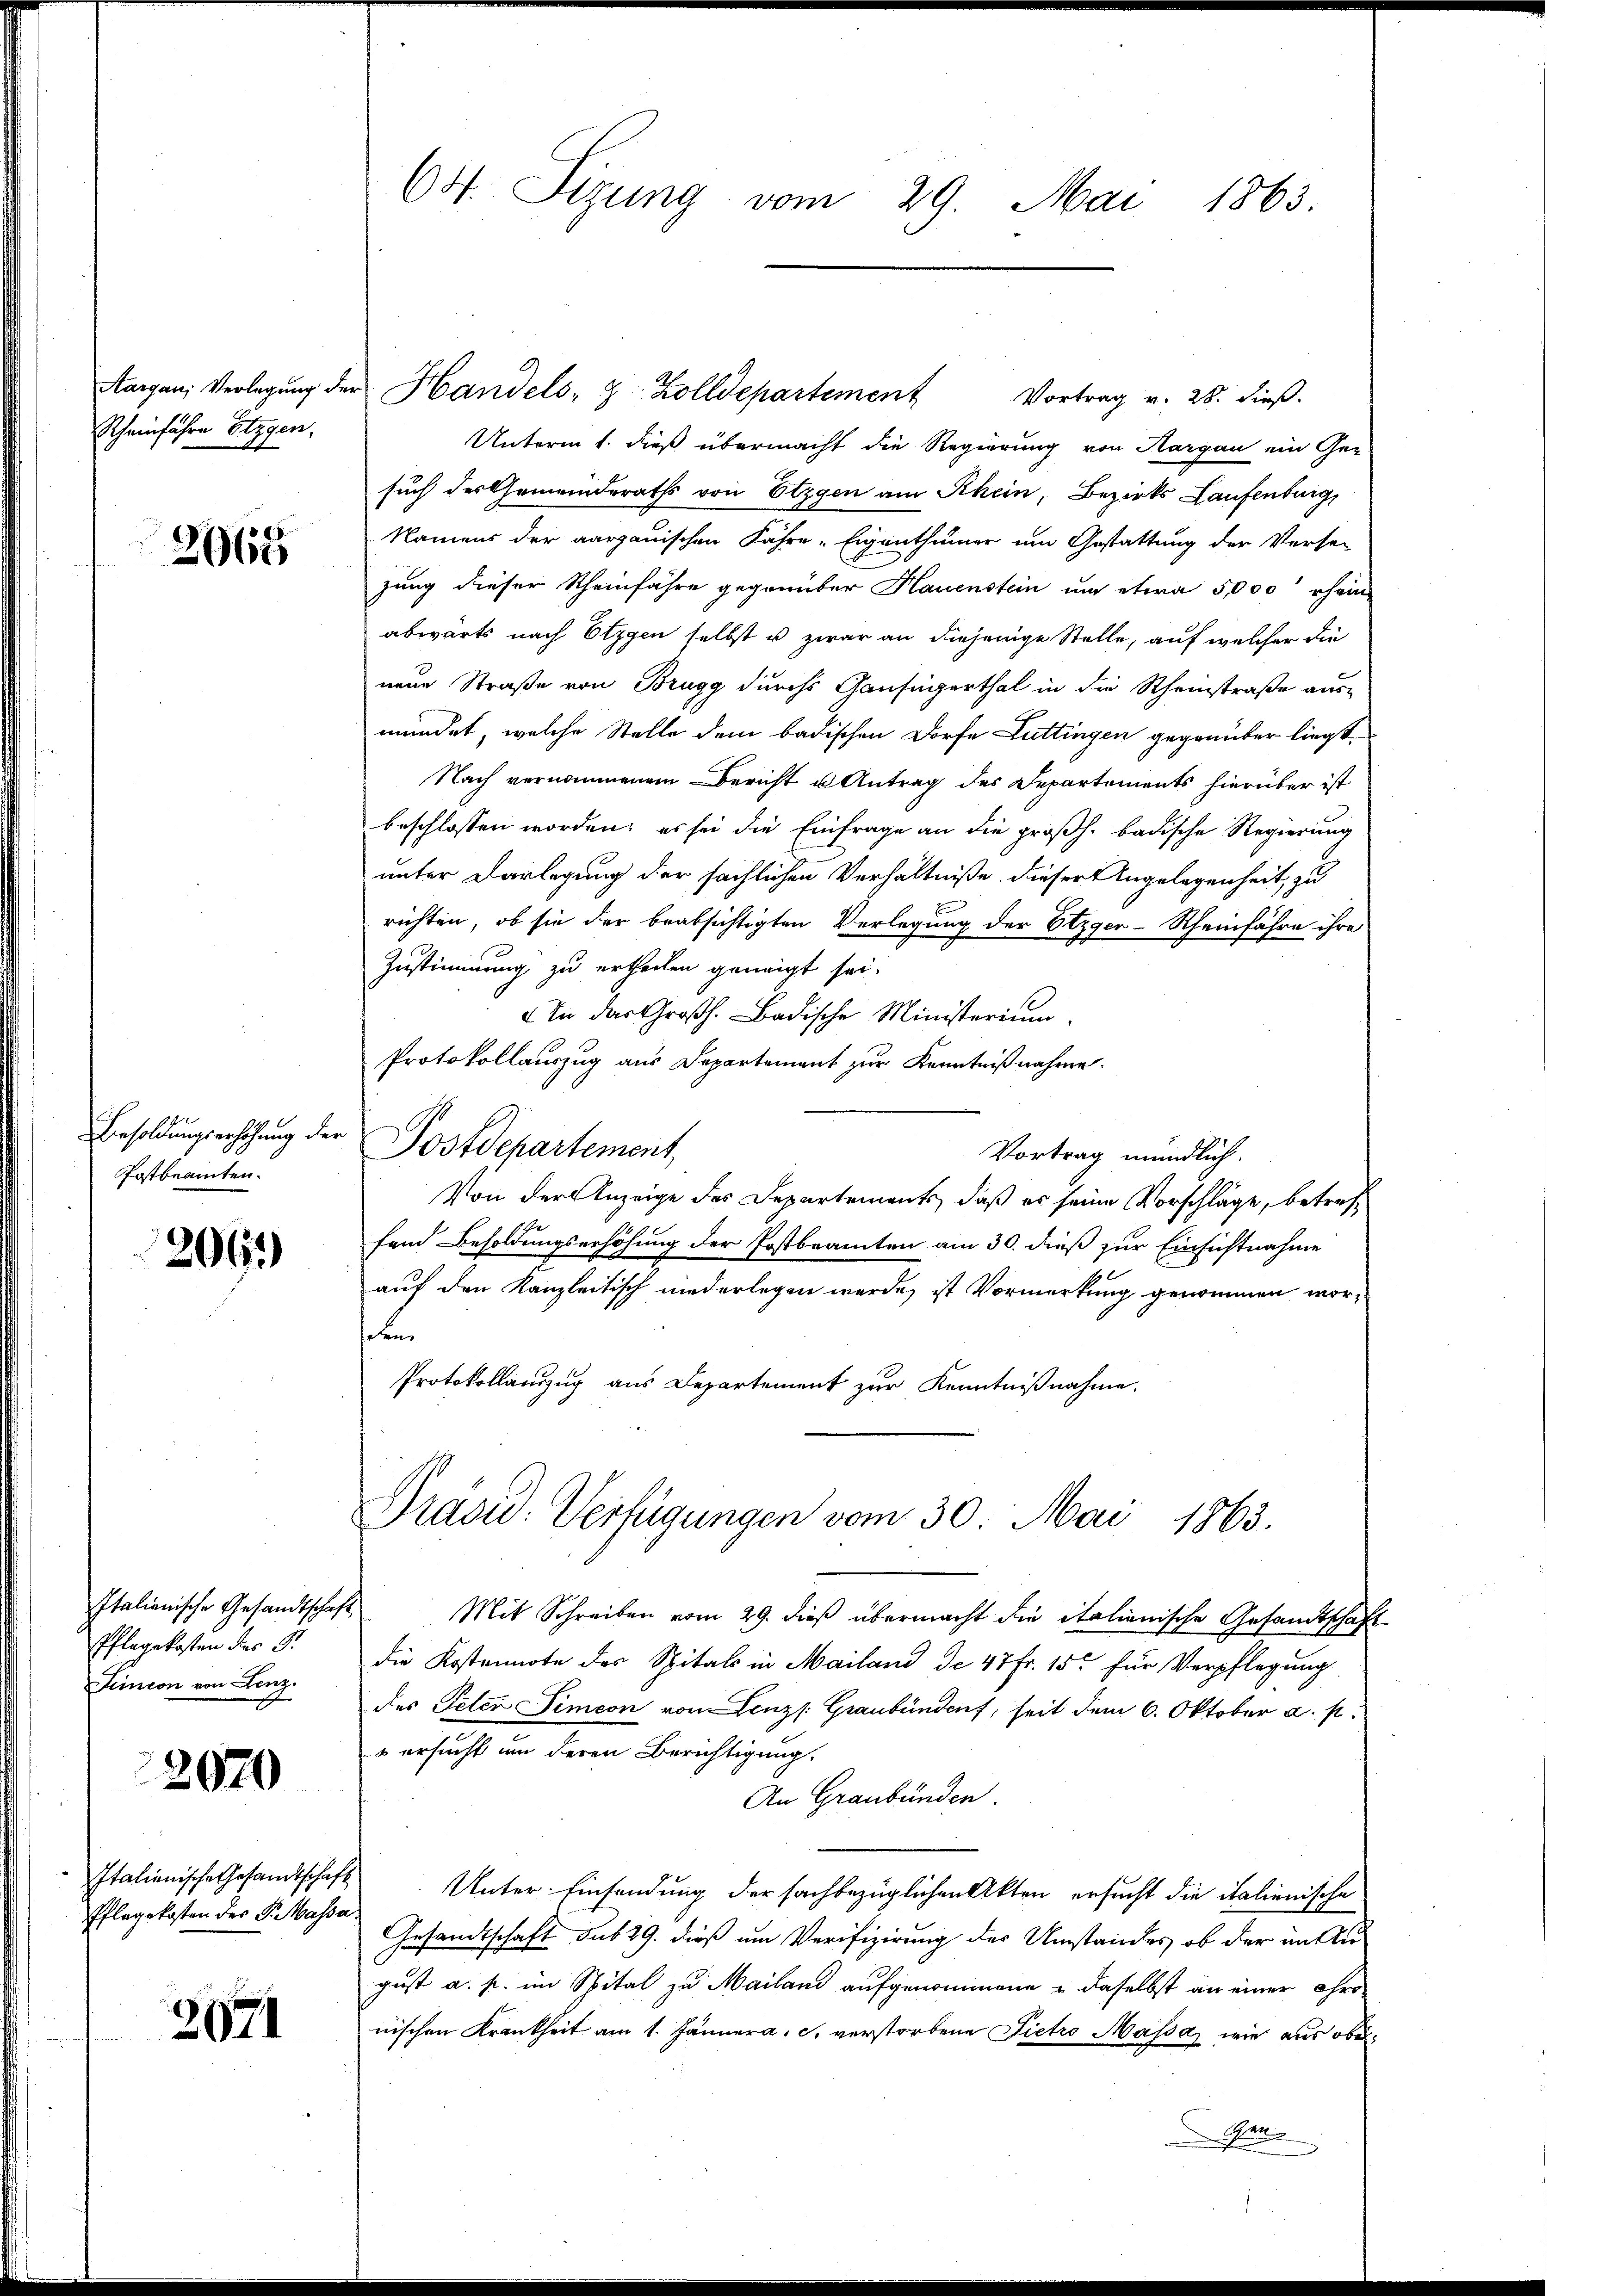
Rheinfahre Etzgen,

2065

Besoldungserhöhung der
Postbeamten.

206.

Italienische Gesandtschaft
Pflegekosten des Gr
Teincon von Lenz.

2070

Italienische Gesandtschaft
Pflegekosten des P. Massa.

2071

60. Sizung vom 29. Mai 1863.

Aargau, Verlegŭng der Handels- & Zolldepartement Vortrag v. 28. dieβ.
Unterm 1. dieß übermacht die Regierung von Aargau ein Ge-
such des Gemeinderaths von Etzgen am Rhein, Bezirks Laufenburg,
Namens der aargauischen Jahre Eigenthümer um Gestattung der Versei
zung dieser Rheinfahre gegenüber Hauenstein um etwa 5,000 erhan
abwärts nach Etzgen selbst u zwar an diejenige Stelle, auf welcher die
neue Straße von Brugg durchs Gansigerthal in die Rheinstraße aus-
mündet, welche Stelle dem badischen Dorfe Luttingen gegenüber liegt,
Nach vernommenem Bericht u Antrag des Departements hierüber ist
beschlossen worden; es sei die Einfrage an die großh. badische Regierung
unter Darlegung der sächlichen Verhältniße dieser Angelegenheit, zu
richten, ob sie der beabsichtigten Verlegung der Etzger-Rheinfahre ihre
Zustimmung zu ertheilen geneigt sei.
 In der Großh. Badische Ministerium,
Protokollauszug aus Departement zur Kenntnißnahme.
Postdepartement,
Vortrag mündlich.
Von der Anzeige des Departements, daß es seine Vorschläge, betref¬
Hand Besoldungserhöhung der Postbeamten am 30. dieß zur Einsichtnahme
auf den Kanzleitisch niederlegen werde, ist Vormerkung genommen worsehen.
Protokollanzug aus Departement zur Kenntnißnahme.
Präsid: Verfügungen vom 30. Mai 1863.
 Mit Schreiben vom 29. dieß übermacht die italienische Gesandtschaft
die Kostennote des Spitals in Mailand de 47 Fr. 15. für Verpflegung
des Peter Simeon von Lenz /: Graubünden, seit dem 6. Oktober a. p.
 ersucht um deren Berichtigung.
An Graubünden.
Unter Einsendung der sachbezüglichen Akten ersucht die italienische
Gesandtschaft sub 19. dieß um Verifizirung der Umstandes, ob der im August a. p. im Spital zu Mailand aufgenommene daselbst an einer Chro-
nischen Krankheit am 1. Jännera, c. verstorbene Pietro Massa, wie aus obe
Gen